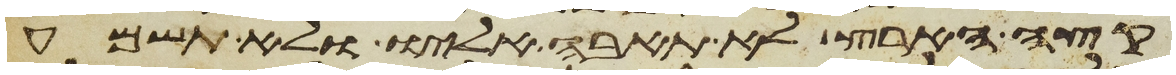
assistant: קצה הארץ לא תאבה אליו ולא תשמע